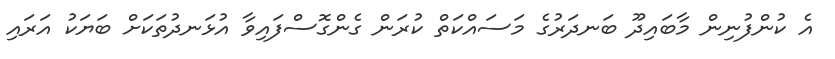
އެ ކުންފުނިން މާބައިދޫ ބަނދަރުގެ މަސައްކަތް ކުރަން ގެންގޮސްފައިވާ އުޅަނދުތަކަށް ބަޔަކު އަރައި